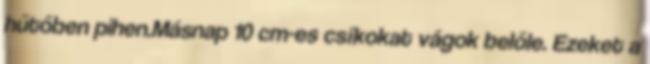
hűtőben pihen.Másnap 10 cm-es csíkokat vágok belőle. Ezeket a